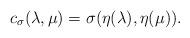
LaTeX: \begin{align*}c_\sigma(\lambda, \mu)=\sigma(\eta(\lambda),\eta(\mu)).\end{align*}